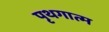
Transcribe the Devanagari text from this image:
पृथगात्म